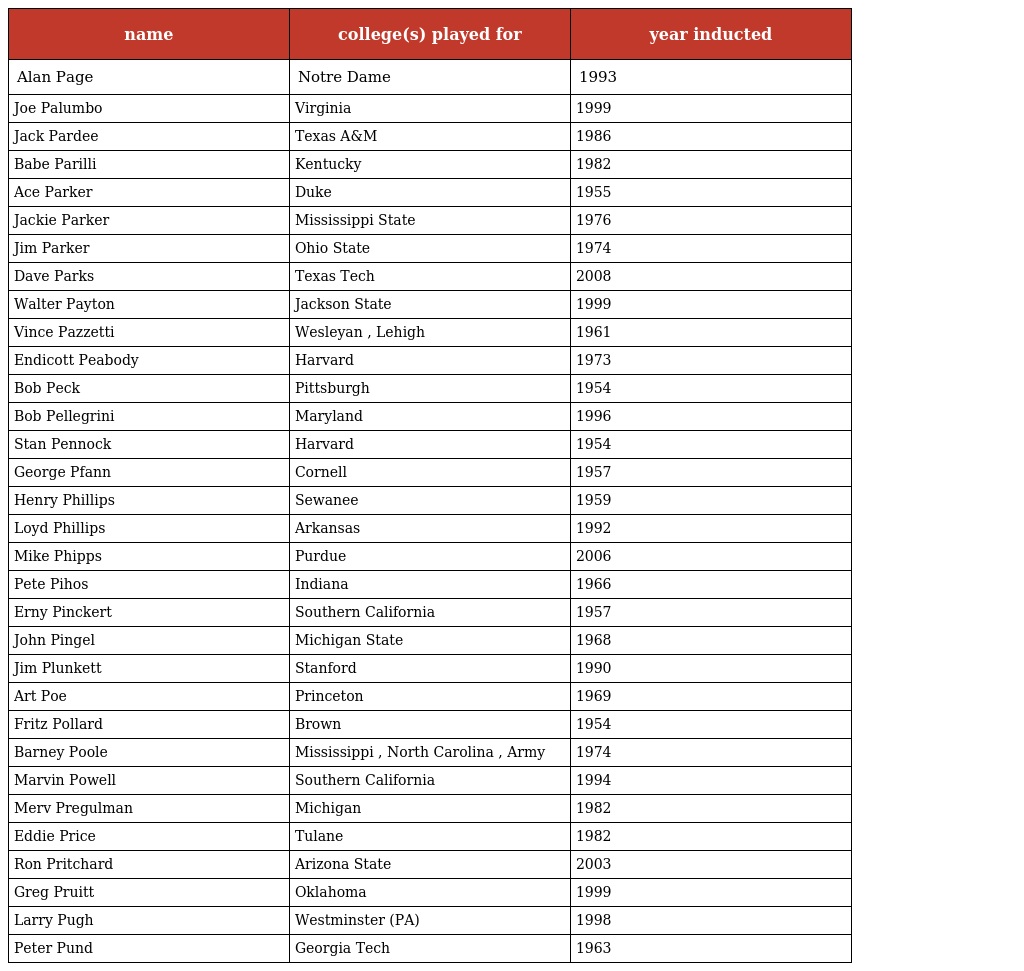
| name | college(s) played for | year inducted |
 | --- | --- | --- |
 | Alan Page | Notre Dame | 1993 |
 | Joe Palumbo | Virginia | 1999 |
 | Jack Pardee | Texas A&M | 1986 |
 | Babe Parilli | Kentucky | 1982 |
 | Ace Parker | Duke | 1955 |
 | Jackie Parker | Mississippi State | 1976 |
 | Jim Parker | Ohio State | 1974 |
 | Dave Parks | Texas Tech | 2008 |
 | Walter Payton | Jackson State | 1999 |
 | Vince Pazzetti | Wesleyan , Lehigh | 1961 |
 | Endicott Peabody | Harvard | 1973 |
 | Bob Peck | Pittsburgh | 1954 |
 | Bob Pellegrini | Maryland | 1996 |
 | Stan Pennock | Harvard | 1954 |
 | George Pfann | Cornell | 1957 |
 | Henry Phillips | Sewanee | 1959 |
 | Loyd Phillips | Arkansas | 1992 |
 | Mike Phipps | Purdue | 2006 |
 | Pete Pihos | Indiana | 1966 |
 | Erny Pinckert | Southern California | 1957 |
 | John Pingel | Michigan State | 1968 |
 | Jim Plunkett | Stanford | 1990 |
 | Art Poe | Princeton | 1969 |
 | Fritz Pollard | Brown | 1954 |
 | Barney Poole | Mississippi , North Carolina , Army | 1974 |
 | Marvin Powell | Southern California | 1994 |
 | Merv Pregulman | Michigan | 1982 |
 | Eddie Price | Tulane | 1982 |
 | Ron Pritchard | Arizona State | 2003 |
 | Greg Pruitt | Oklahoma | 1999 |
 | Larry Pugh | Westminster (PA) | 1998 |
 | Peter Pund | Georgia Tech | 1963 |